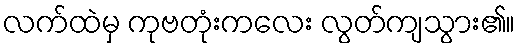
လက်ထဲမှ ကုဗတုံးကလေး လွတ်ကျသွား၏။